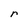
Character: r